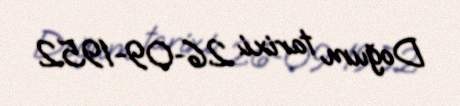
Doğum tarixi: 26-09-1952